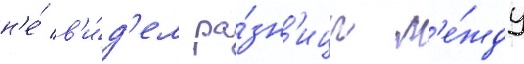
н'е́ в'и́д'ел ра́зн'ицы м'е́жду